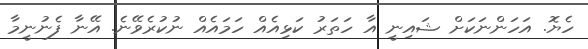
ހެޔޮ. އަހަންނަކަށް ޝައިނީ އާ ހަތަރު ކަޅިއެއް ހަމައެއް ނުކުރެވޭނެ. އޭނާ ފެނުނީމާ